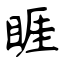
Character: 睚